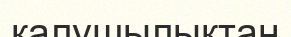
қалушылықтан